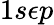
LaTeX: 1s\epsilon p